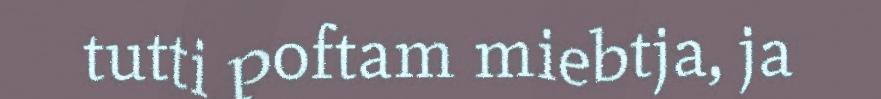
tutti poftam miebtja, ja